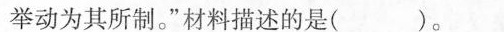
举动为其所制。”材料描述的是( )。